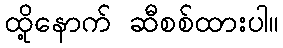
ထို့နောက် ဆီစစ်ထားပါ။